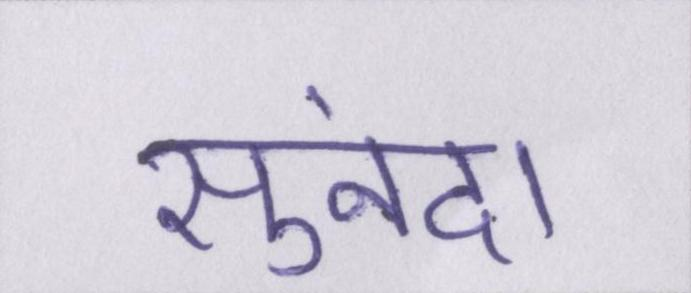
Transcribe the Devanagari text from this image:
सुनंदा